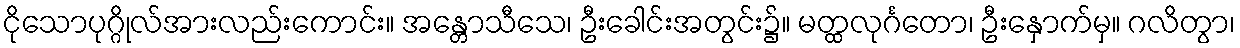
ငိုသောပုဂ္ဂိုလ်အားလည်းကောင်း။ အန္တောသီသေ၊ ဦးခေါင်းအတွင်း၌။ မတ္ထလုင်္ဂတော၊ ဦးနှောက်မှ။ ဂလိတွာ၊